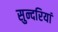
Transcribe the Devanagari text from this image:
सुन्दरियां